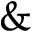
\&